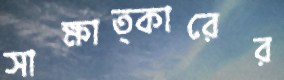
সাক্ষাত্কারের